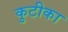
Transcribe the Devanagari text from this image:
कुटीका